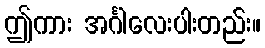
ဤကား အင်္ဂါလေးပါးတည်း။